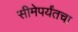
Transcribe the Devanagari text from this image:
सीमेपर्यंतचा